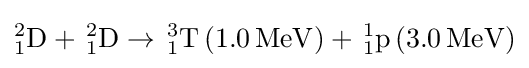
_{1}^{2}\mathrm {D} +\,_{1}^{2}\mathrm {D} \rightarrow \,_{1}^{3}\mathrm {T} \left(1.0\,\mathrm {MeV} \right)+\,_{1}^{1}\mathrm {p} \left(3.0\,\mathrm {MeV} \right)